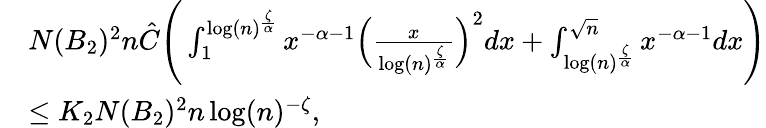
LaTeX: \begin{array}{rl}&{N(B_{2})^{2}n\hat{C}\Bigg(\int_{1}^{\log(n)^{\frac{\zeta}{\alpha}}}x^{-\alpha-1}\Big(\frac{x}{\log(n)^{\frac{\zeta}{\alpha}}}\Big)^{2}dx+\int_{\log(n)^{\frac{\zeta}{\alpha}}}^{\sqrt{n}}x^{-\alpha-1}dx\Bigg)}\\ &{\leq K_{2}N(B_{2})^{2}n\log(n)^{-\zeta},}\end{array}